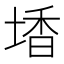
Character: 𡎟